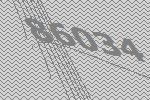
86034